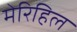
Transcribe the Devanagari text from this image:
मेरिहिल